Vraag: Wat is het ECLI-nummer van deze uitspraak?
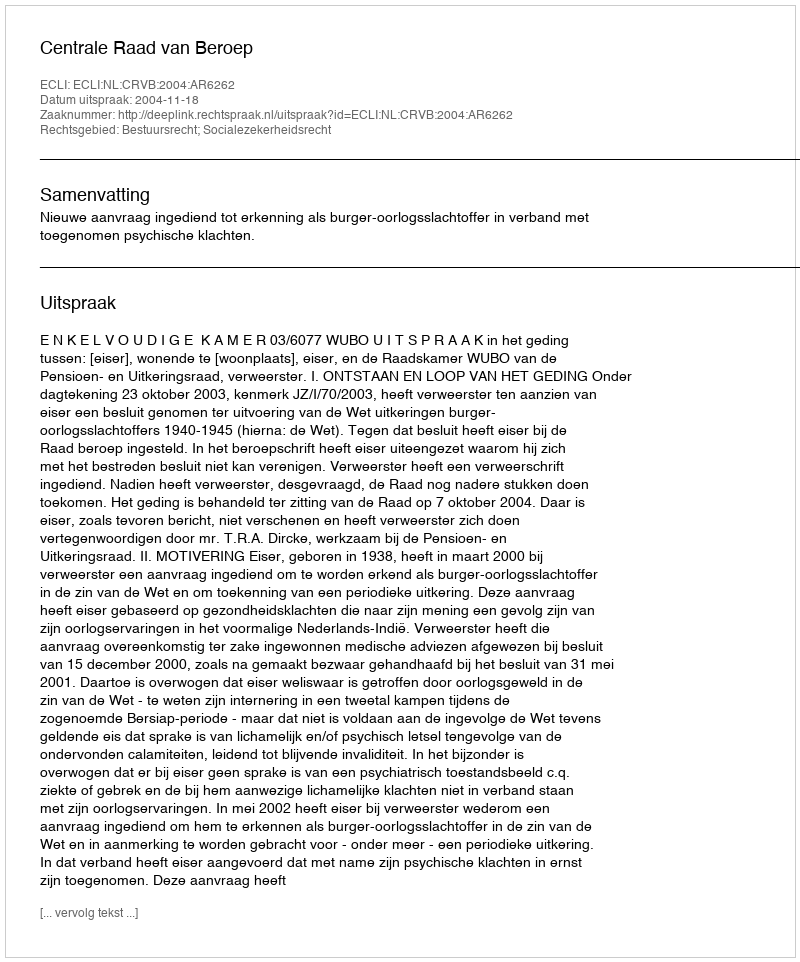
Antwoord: ECLI:NL:CRVB:2004:AR6262